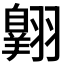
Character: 𫅱